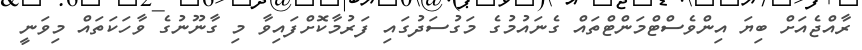
ރާއްޖެއަށް ބިޔަ އިންވެސްޓްމަންޓްތައް ގެނައުމުގެ މަގުސަދުގައި ފަރުމާކޮށްފައިވާ މި ގާނޫނުގެ ވާހަކަތައް މިވަނީ